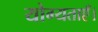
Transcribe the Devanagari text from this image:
योग्यताएँ।